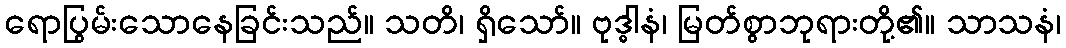
ရောပြွမ်းသောနေခြင်းသည်။ သတိ၊ ရှိသော်။ ဗုဒ္ဓါနံ၊ မြတ်စွာဘုရားတို့၏။ သာသနံ၊